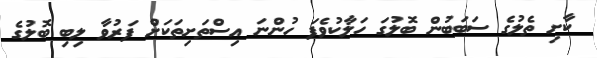
ކާށި ތެލުގެ ސަބަބުން ބޮލުގަ ހަލާކުވެފަ ހުންނަ އިސްތަށިތަކަށް ފަރުވާ ލިބި ބޮލުގެ